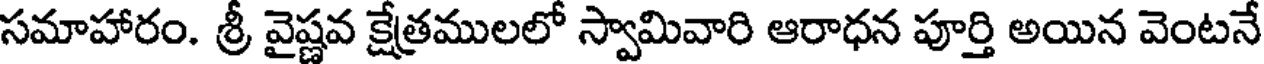
సమాహారం. శ్రీ వైష్ణవ క్షేత్రములలో స్వామివారి ఆరాధన పూర్తి అయిన వెంటనే